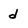
Character: d